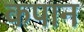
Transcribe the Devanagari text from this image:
कपान